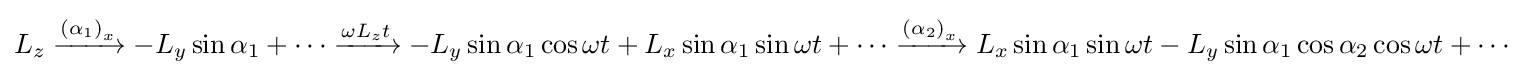
L_{z}\xrightarrow {\left(\alpha _{1}\right)_{x}} -L_{y}\sin \alpha _{1}+\cdots \xrightarrow {\omega L_{z}t} -L_{y}\sin \alpha _{1}\cos \omega t+L_{x}\sin \alpha _{1}\sin \omega t+\cdots \xrightarrow {\left(\alpha _{2}\right)_{x}} L_{x}\sin \alpha _{1}\sin \omega t-L_{y}\sin \alpha _{1}\cos \alpha _{2}\cos \omega t+\cdots